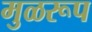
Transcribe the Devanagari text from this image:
मुळरूप